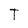
Character: T